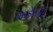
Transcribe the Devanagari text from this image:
भाडेपट्टी